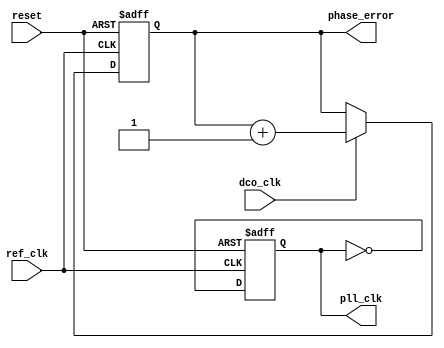
module adpll(
    input wire ref_clk,       // Reference clock input
    input wire dco_clk,       // Output clock from DCO
    input wire reset,         // Reset signal
    output reg pll_clk,       // Phase-Locked Loop output clock
    output wire [7:0] phase_error // Phase error output
);

// Parameters and Registers
reg [7:0] phase_count;              // Phase counter for phase detection
reg [7:0] control_signal;            // Control signal from the loop filter
reg [7:0] dco_frequency;             // Frequency control for DCO
reg [7:0] memory [0:15];            // Memory block for storing parameters
integer i;

// Phase Detector
always @(posedge ref_clk or posedge reset) begin
    if (reset) begin
        phase_count <= 8'b0;
    end else begin
        // Simple phase counting logic
        if (dco_clk) begin
            phase_count <= phase_count + 1; // Incrementing phase count
        end
    end
end

assign phase_error = phase_count; // Phase error output

// Loop Filter (Simple First-Order)
always @(posedge ref_clk or posedge reset) begin
    if (reset) begin
        control_signal <= 8'b0;
    end else begin
        control_signal <= control_signal + (phase_error >> 1); // Proportional control
    end
end

// Frequency Synthesizer (DCO)
always @(posedge ref_clk or posedge reset) begin
    if (reset) begin
        dco_frequency <= 8'd0; // Initial frequency
    end else begin
        dco_frequency <= control_signal; // Frequency based on control signal
    end
end

// Output Clock Generation
always @(posedge ref_clk or posedge reset) begin
    if (reset) begin
        pll_clk <= 1'b0; // Reset PLL output clock
    end else begin
        pll_clk <= ~pll_clk; // Toggle output clock
    end
end

// Memory Blocks (For tuning purposes, initialized for demonstration)
initial begin
    for (i = 0; i < 16; i = i + 1) begin
        memory[i] = i; // Example memory initialization with indices
    end
end

endmodule